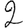
Digit: 2